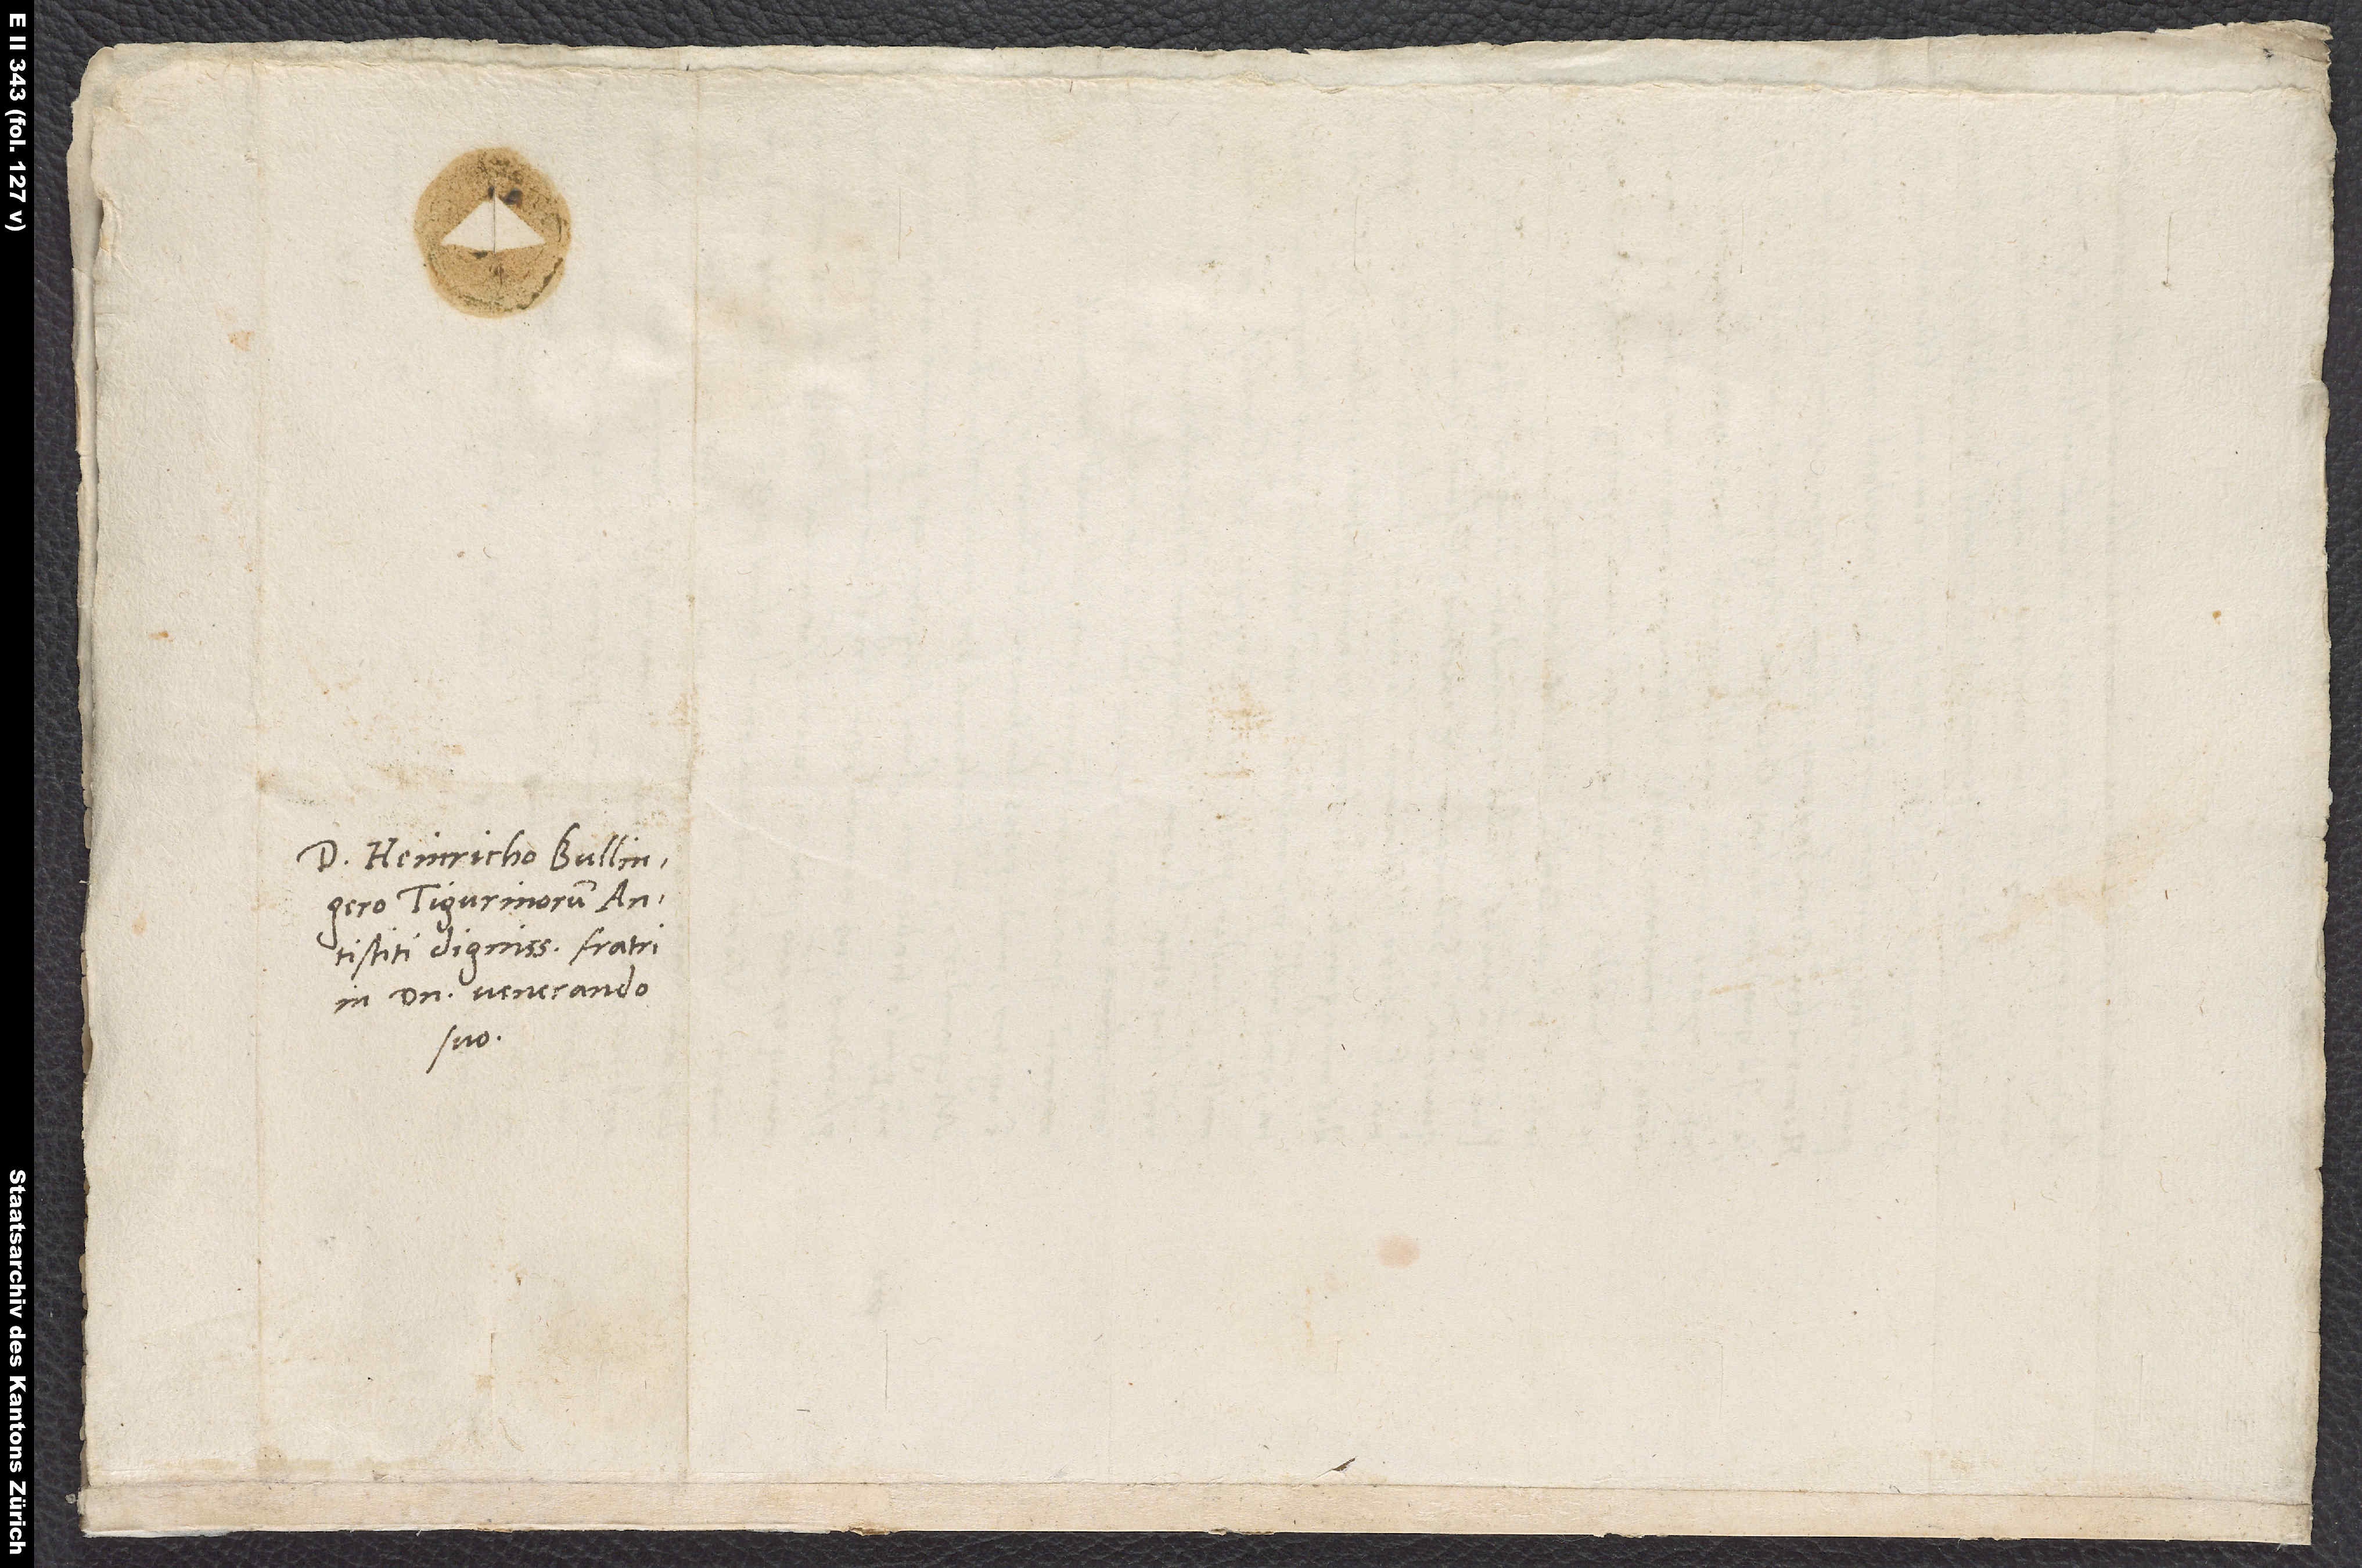
Domino Heinricho Bullingero,
Tigurinorum
antistiti dignissimo, fratri
in domino venerando
suo.